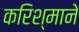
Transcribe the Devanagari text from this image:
करिश्माने